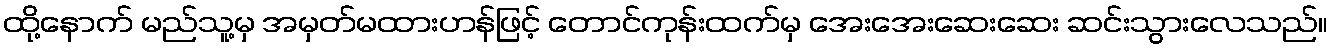
ထို့နောက် မည်သူ့မှ အမှတ်မထားဟန်ဖြင့် တောင်ကုန်းထက်မှ အေးအေးဆေးဆေး ဆင်းသွားလေသည်။